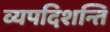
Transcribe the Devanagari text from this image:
व्यपदिशन्ति